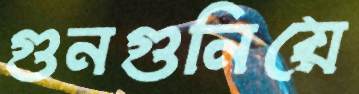
গুনগুনিয়ে